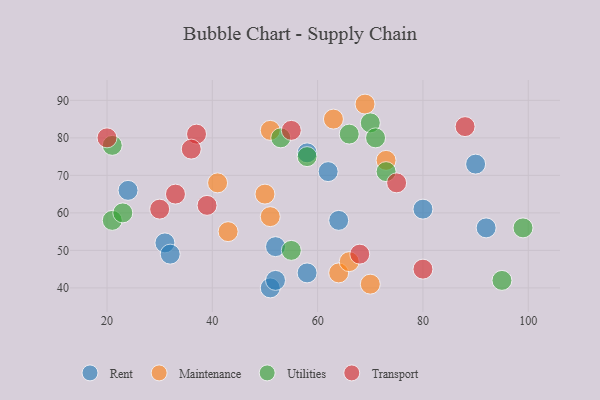
{"axis": {"x": "GDP", "y": "Life Expectancy"}, "legend": ["Maintenance", "Rent", "Transport", "Utilities"], "data": [{"x": "64", "y": 58, "type": "Rent"}, {"x": "51", "y": 40, "type": "Rent"}, {"x": "92", "y": 56, "type": "Rent"}, {"x": "90", "y": 73, "type": "Rent"}, {"x": "31", "y": 52, "type": "Rent"}, {"x": "80", "y": 61, "type": "Rent"}, {"x": "58", "y": 44, "type": "Rent"}, {"x": "52", "y": 42, "type": "Rent"}, {"x": "58", "y": 76, "type": "Rent"}, {"x": "24", "y": 66, "type": "Rent"}, {"x": "52", "y": 51, "type": "Rent"}, {"x": "32", "y": 49, "type": "Rent"}, {"x": "62", "y": 71, "type": "Rent"}, {"x": "51", "y": 82, "type": "Maintenance"}, {"x": "64", "y": 44, "type": "Maintenance"}, {"x": "63", "y": 85, "type": "Maintenance"}, {"x": "41", "y": 68, "type": "Maintenance"}, {"x": "70", "y": 41, "type": "Maintenance"}, {"x": "69", "y": 89, "type": "Maintenance"}, {"x": "73", "y": 74, "type": "Maintenance"}, {"x": "66", "y": 47, "type": "Maintenance"}, {"x": "43", "y": 55, "type": "Maintenance"}, {"x": "50", "y": 65, "type": "Maintenance"}, {"x": "51", "y": 59, "type": "Maintenance"}, {"x": "53", "y": 80, "type": "Utilities"}, {"x": "95", "y": 42, "type": "Utilities"}, {"x": "21", "y": 58, "type": "Utilities"}, {"x": "21", "y": 78, "type": "Utilities"}, {"x": "66", "y": 81, "type": "Utilities"}, {"x": "58", "y": 75, "type": "Utilities"}, {"x": "70", "y": 84, "type": "Utilities"}, {"x": "55", "y": 50, "type": "Utilities"}, {"x": "73", "y": 71, "type": "Utilities"}, {"x": "99", "y": 56, "type": "Utilities"}, {"x": "23", "y": 60, "type": "Utilities"}, {"x": "71", "y": 80, "type": "Utilities"}, {"x": "39", "y": 62, "type": "Transport"}, {"x": "37", "y": 81, "type": "Transport"}, {"x": "68", "y": 49, "type": "Transport"}, {"x": "30", "y": 61, "type": "Transport"}, {"x": "88", "y": 83, "type": "Transport"}, {"x": "75", "y": 68, "type": "Transport"}, {"x": "20", "y": 80, "type": "Transport"}, {"x": "36", "y": 77, "type": "Transport"}, {"x": "33", "y": 65, "type": "Transport"}, {"x": "55", "y": 82, "type": "Transport"}, {"x": "80", "y": 45, "type": "Transport"}]}